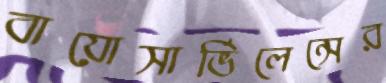
বায়োসার্ভিলেন্সের